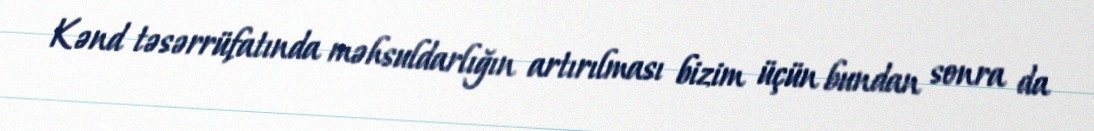
Kənd təsərrüfatında məhsuldarlığın artırılması bizim üçün bundan sonra da